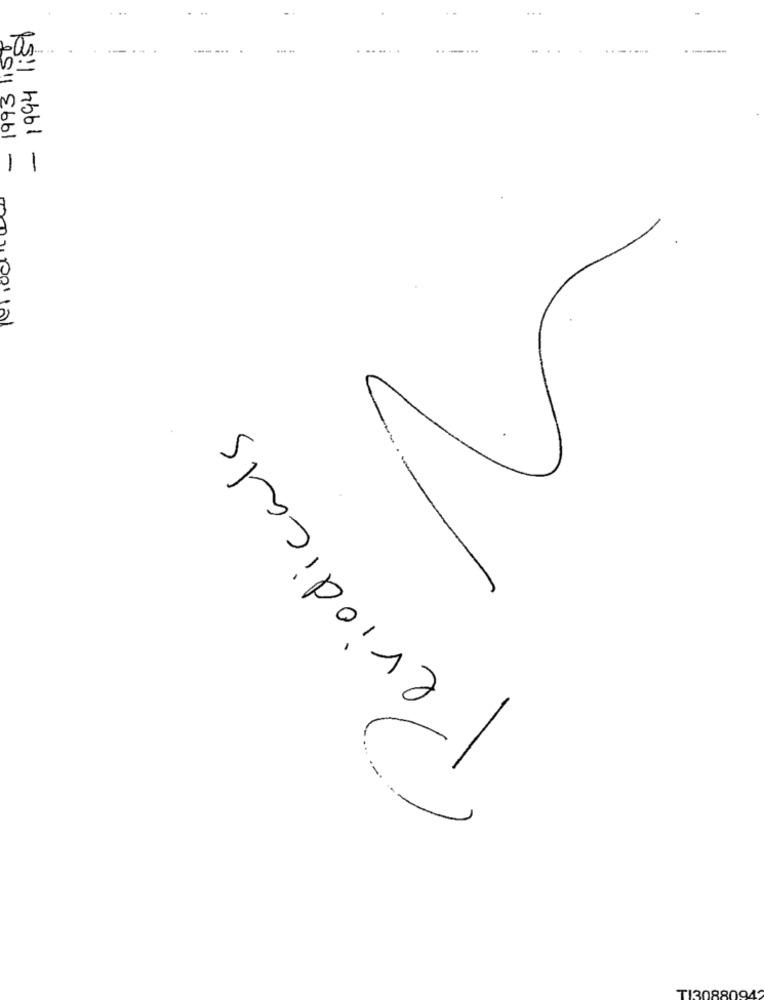
1994 1150
1993 1150
....
-
-
00/12/
Periodicals
TI30880942